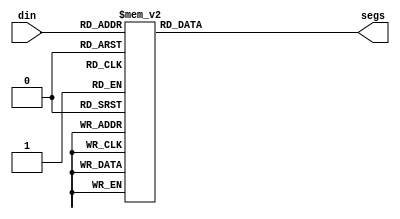
// Simple 7 segment decoder for DE10-Standard board.
// Decimal points are not connected.

module seg7	(input [3:0] din, output reg [6:0] segs);

always @ (din)
	case(din)
		4'h0:     segs = 7'b1000000;		    
        4'h1:     segs = 7'b1111001;	
		4'h2:     segs = 7'b0100100; 	
		4'h3:     segs = 7'b0110000; 	
		4'h4:     segs = 7'b0011001; 
		4'h5:     segs = 7'b0010010; 
		4'h6:     segs = 7'b0000010; 	
		4'h7:     segs = 7'b1111000; 	
		4'h8:     segs = 7'b0000000; 	
		4'h9:     segs = 7'b0011000; 
		4'ha:     segs = 7'b0001000;
		4'hb:     segs = 7'b0000011;
		4'hc:     segs = 7'b1000110;
		4'hd:     segs = 7'b0100001;
		4'he:     segs = 7'b0000110;
		4'hf:     segs = 7'b0001110;
        default:  segs = 7'b1111111;
	endcase

endmodule